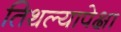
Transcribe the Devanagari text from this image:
तिथल्यापेक्षा